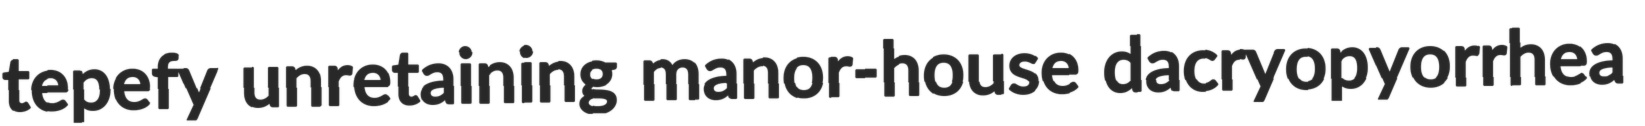
tepefy unretaining manor-house dacryopyorrhea